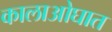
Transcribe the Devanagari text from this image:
कालाओघात